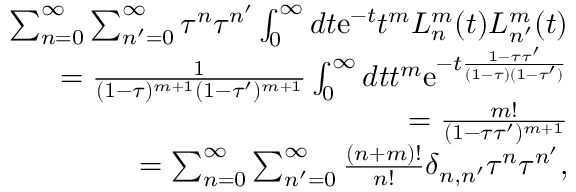
\begin{array} { r l r } & { } & { \sum _ { n = 0 } ^ { \infty } \sum _ { n ^ { \prime } = 0 } ^ { \infty } \tau ^ { n } \tau ^ { n ^ { \prime } } \int _ { 0 } ^ { \infty } d t \mathrm { e } ^ { - t } t ^ { m } L _ { n } ^ { m } ( t ) L _ { n ^ { \prime } } ^ { m } ( t ) } \\ & { } & { = \frac { 1 } { ( 1 - \tau ) ^ { m + 1 } ( 1 - \tau ^ { \prime } ) ^ { m + 1 } } \int _ { 0 } ^ { \infty } d t t ^ { m } \mathrm { e } ^ { - t \frac { 1 - \tau \tau ^ { \prime } } { ( 1 - \tau ) ( 1 - \tau ^ { \prime } ) } } } \\ & { } & { = \frac { m ! } { ( 1 - \tau \tau ^ { \prime } ) ^ { m + 1 } } } \\ & { } & { = \sum _ { n = 0 } ^ { \infty } \sum _ { n ^ { \prime } = 0 } ^ { \infty } \frac { ( n + m ) ! } { n ! } \delta _ { n , n ^ { \prime } } \tau ^ { n } \tau ^ { n ^ { \prime } } , } \end{array}